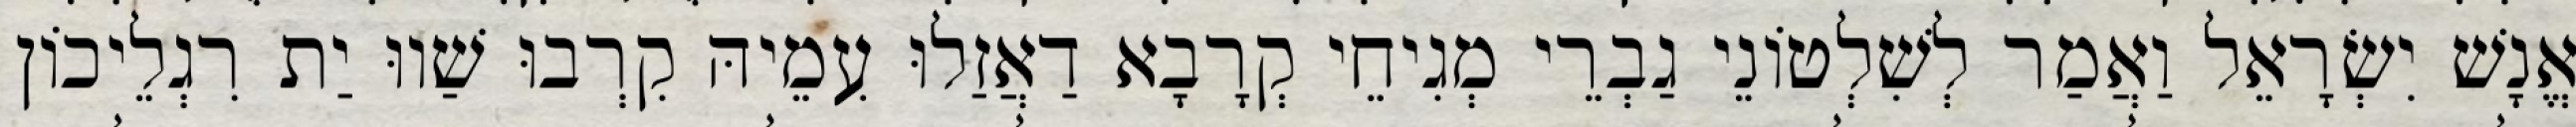
אֱנָשׁ יִשְׂרָאֵל וַאֲמַר לְשִׁלְטוֹנֵי גַבְרֵי מְגִיחֵי קְרָבָא דַאֲזַלוּ עִמֵיהּ קִרְבוּ שַׁווּ יַת רִגְלֵיכוֹן